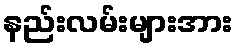
နည်းလမ်းများအား